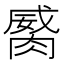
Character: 𦞏